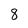
Character: 8